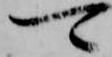
可